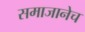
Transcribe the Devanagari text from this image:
समाजानेच